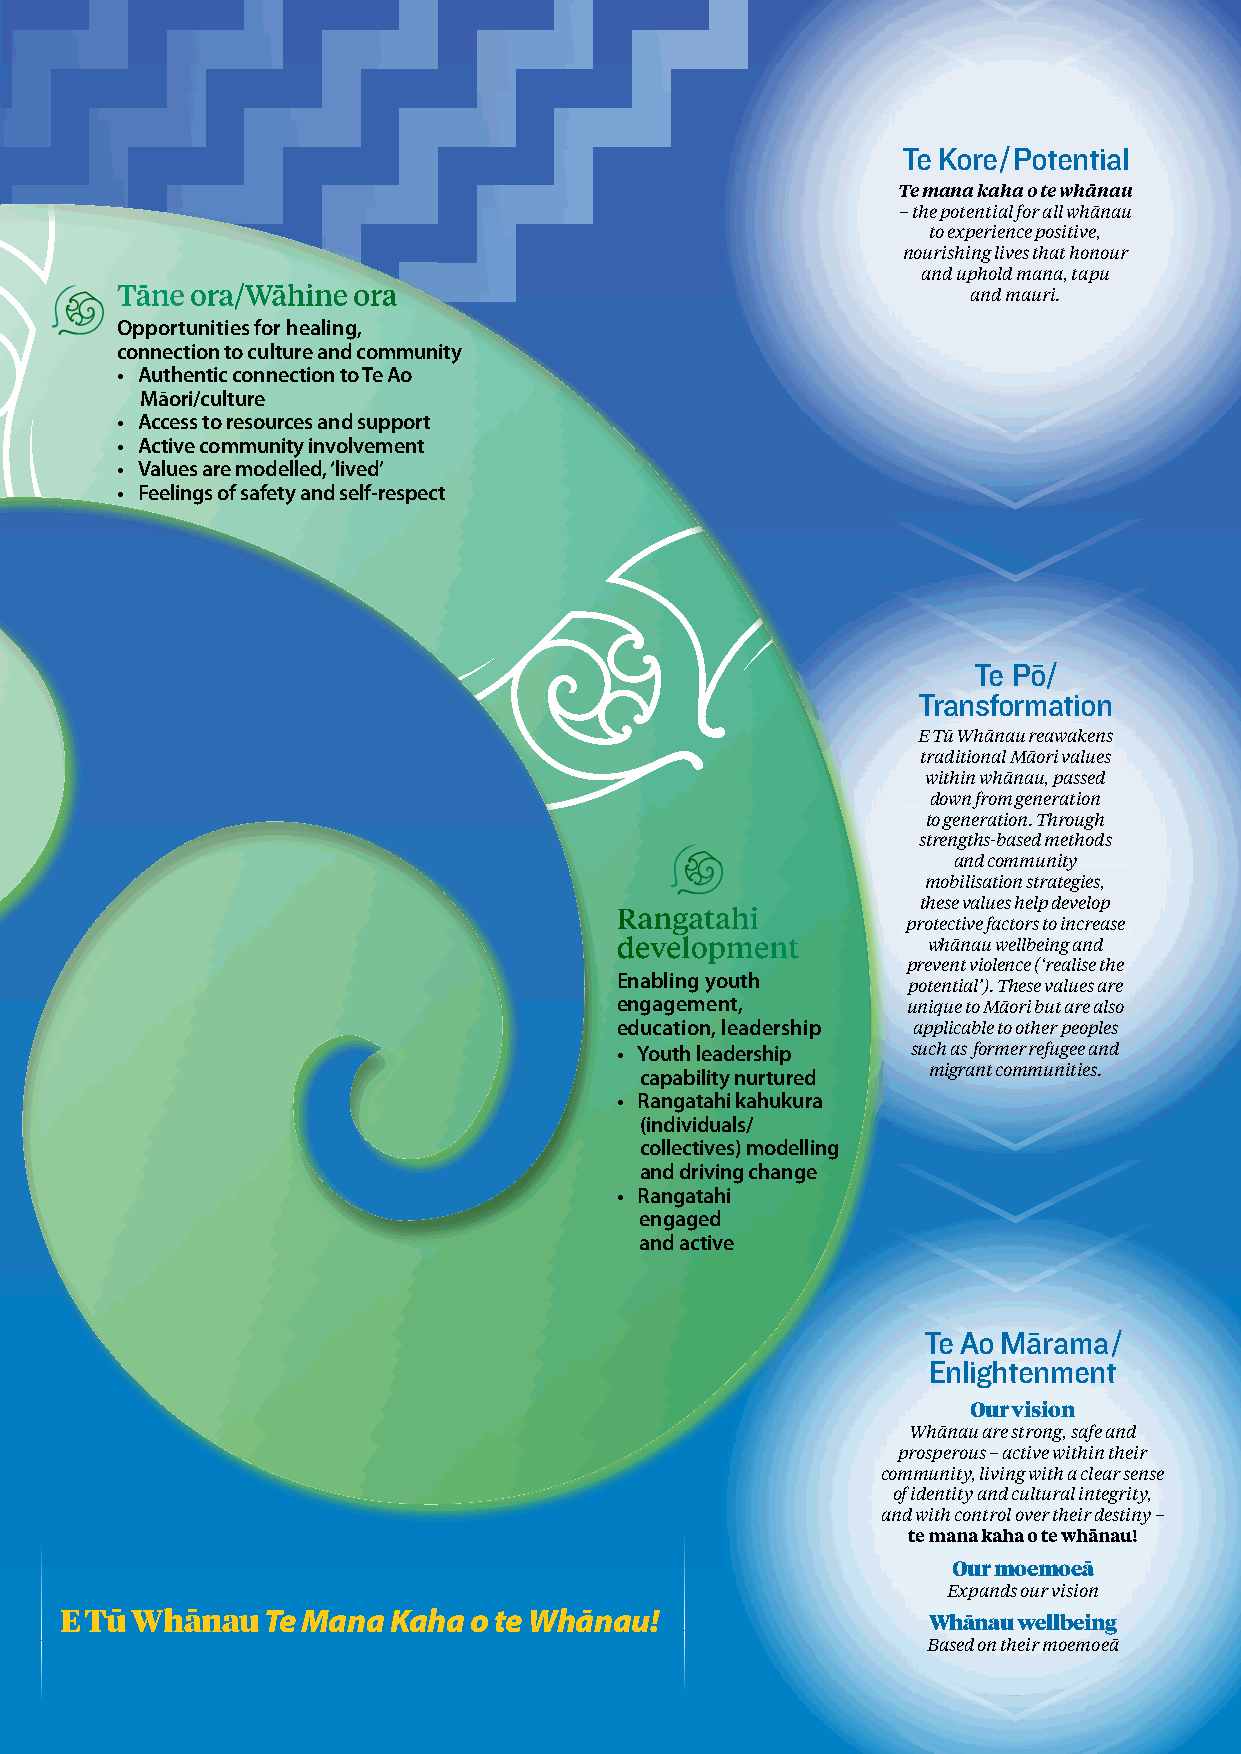
E Tū Whānau Theory of Change
 Te Kore/Potential
 Te mana kaha o te whānau
 – the potential for all whānau
 to experience positive,
 nourishing lives that honour
 and uphold mana, tapu
 Tāne ora/Wāhine ora                                     and mauri.
 Opportunities for healing,
 connection to culture and community
 • Authentic connection to Te Ao
 Māori/culture
 • Access to resources and support
 • Active community involvement
 • Values are modelled, ‘lived’
 • Feelings of safety and self-respect
 Te Pō/
 Transformation
 E Tū Whānau reawakens
 traditional Māori values
 within whānau, passed
 down from generation
 to generation. Through
 strengths-based methods
 and community
 mobilisation strategies,
 these values help develop
 Rangatahi
 protective factors to increase
 development         whānau wellbeing and
 prevent violence (‘realise the
 Enabling youth
 potential’). These values are
 engagement,        unique to Māori but are also
 education, leadership applicable to other peoples
 • Youth leadership such as former refugee and
 migrant communities.
 capability nurtured
 • Rangatahi kahukura
 (individuals/
 collectives) modelling
 and driving change
 • Rangatahi
 engaged
 and active
 Te Ao Mārama/
 Enlightenment
 Our vision
 Whānau are strong, safe and
 prosperous – active within their
 community, living with a clear sense
 of identity and cultural integrity,
 and with control over their destiny –
 te mana kaha o te whānau!
 Our moemoeā
 Expands our vision
 E Tū Whānau  Te Mana  Kaha o te Whānau!                  Whānau wellbeing
 Based on their moemoeā